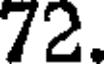
72.